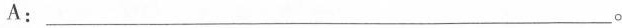
A：___。